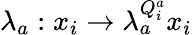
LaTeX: \lambda_{a}:x_{i}\rightarrow\lambda_{a}^{Q_{i}^{a}}x_{i}